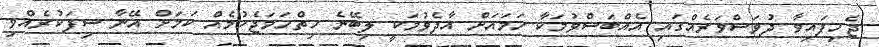
ޖެހިފައިވާ ދުވަސްވަރެއްގައި އެއްބަސްވުމަކާ ހަމައަށް އާދެވުމަކީ ލިބޭނެ ހިތްހަމަޖެހުމެއް ކަމަށް އޭނާ ސިފަކުރެއްވި